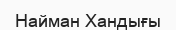
Найман Хандығы